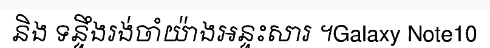
និង ទន្ទឹងរង់ចាំយ៉ាងអន្ទះសារ ។Galaxy Note10